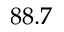
8 8 . 7